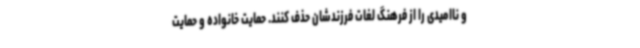
و ناامیدی را از فرهنگ لغات فرزندشان حذف کنند. حمایت خانواده و حمایت